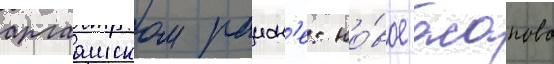
аргаашском раион'е: но́вое асаново